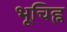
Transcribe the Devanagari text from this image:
भूचिह्न